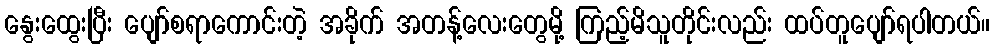
နွေးထွေးပြီး ပျော်စရာကောင်းတဲ့ အခိုက် အတန့်လေးတွေမို့ ကြည့်မိသူတိုင်းလည်း ထပ်တူပျော်ရပါတယ်။